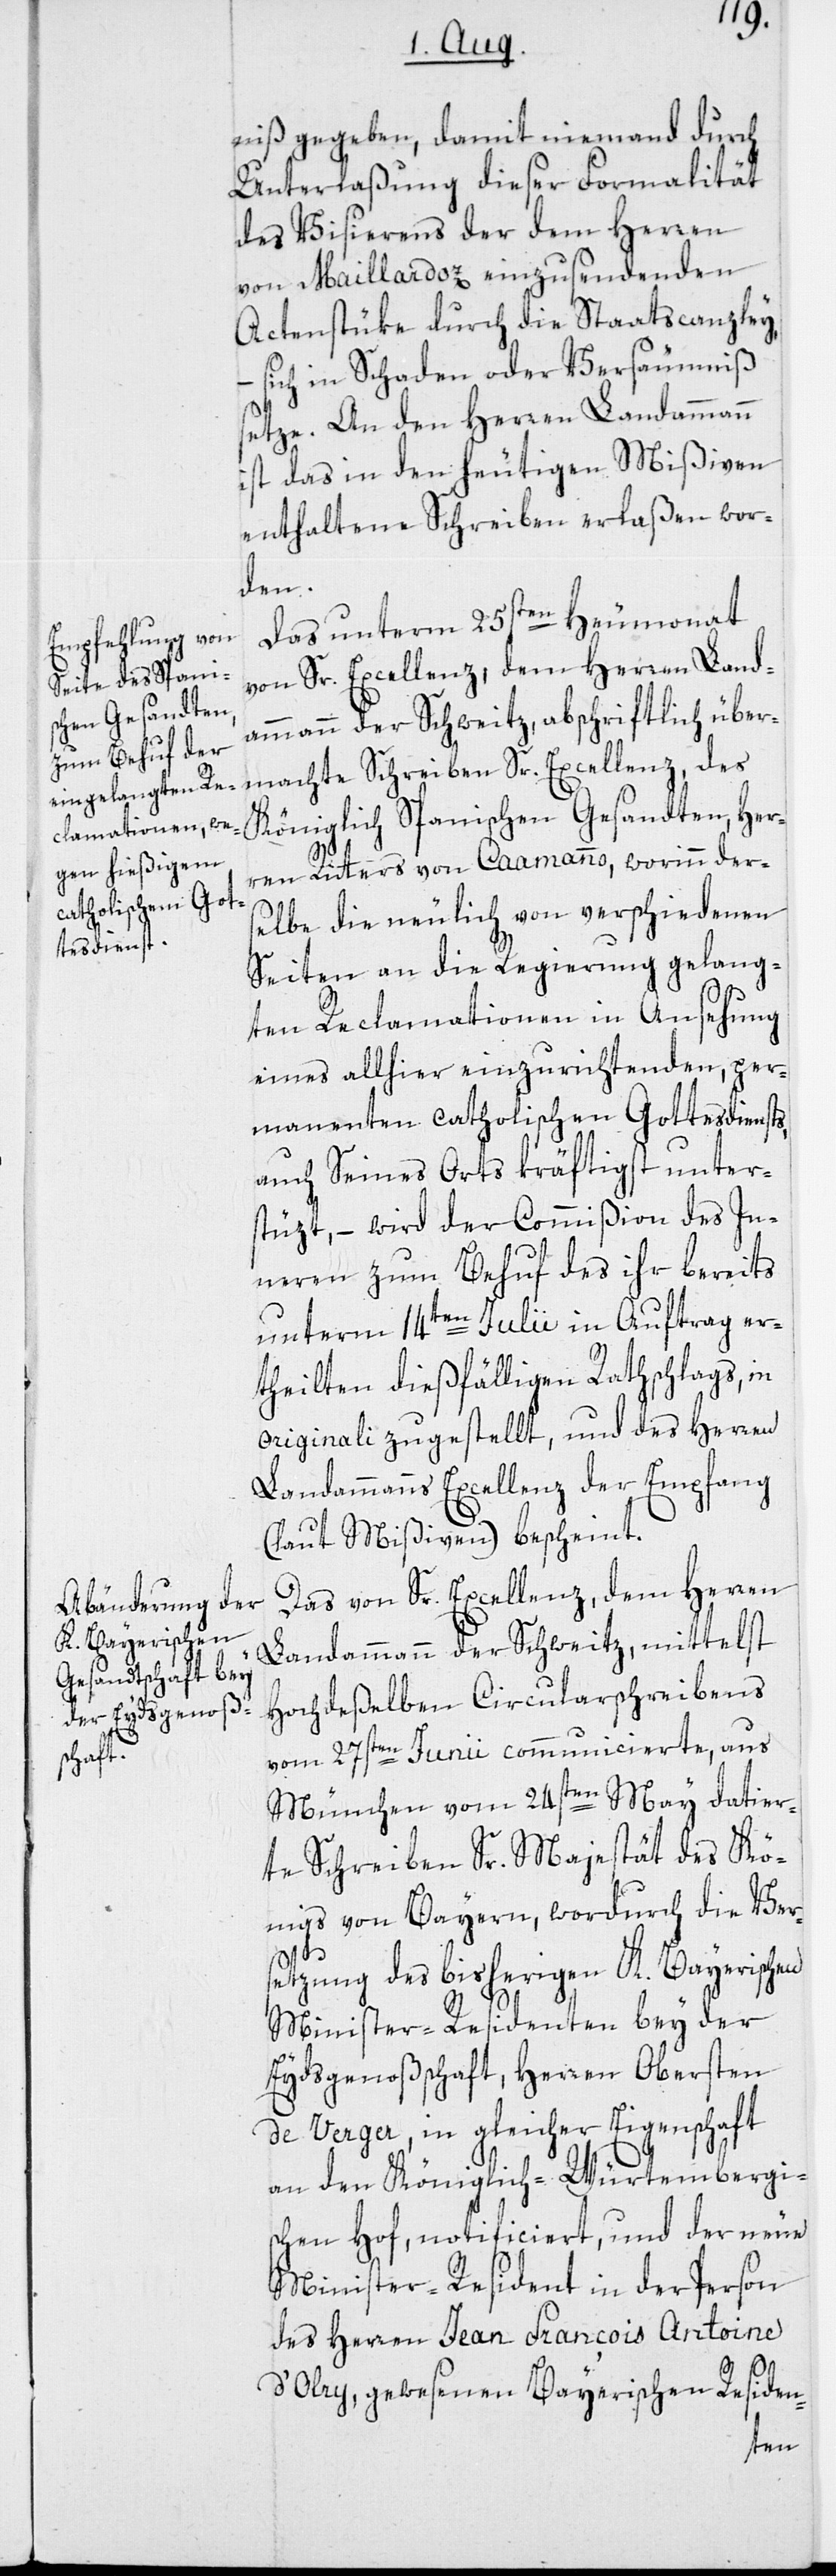
niß gegeben, damit niemand durch
Unterlaßung dieser Formalität
des Visierens der dem Herren
von Maillardoz einzusendenden
Actenstüke durch die Staatscanzley,
– sich in Schaden oder Versäumniß
setze. An den Herren Landammann
ist das in den heutigen Mißiven
enthaltene Schreiben erlaßen wor¬
den.
Das unterm 25sten Heumonat
von Sr. Excellenz, dem Herren Land¬
ammann der Schweitz, abschriftlich über¬
machte Schreiben Sr. Excellenz, des
Königlich Spanischen Gesandten, Her¬
ren Ritters von Caamanno, worinn der¬
selbe die neulich von verschiedenen
Seiten an die Regierung gelang¬
ten Reclamationen in Ansehung
eines allhier einzurichtenden, per¬
manenten catholischen Gottesdiensts,
auch Seines Orts kräftigst unter¬
stüzt, – wird der Commißion des In¬
neren zum Behuf des ihr bereits
unterm 14ten Julii in Auftrag er¬
theilten dießfälligen Rathschlags, in
originali zugestellt, und des Herren
Landammanns Excellenz der Empfang
(laut Mißiven) bescheint.
Das von Sr. Excellenz, dem Herren
Landammann der Schweitz, mittelst
Hochdeßelben Circularschreibens
vom 27sten Junii communicierte, aus
München vom 24sten May datier¬
teSchreiben Sr. Majestät des Kö¬
nigs von Bayern, wordurch die Ver¬
setzung des bisherigen K. Bayerischen
Minister-Residenten bey der
Eydsgenoßschaft, Herren Obersten
de Verger, in gleicher Eigenschaft
an den Königlich-Würtembergis¬
chen Hof, notificiert, und der neue
Minister-Resident in der Person
des Herren Jean François Antoine
d’Olry, gewesenen Bayerischen Residen-